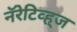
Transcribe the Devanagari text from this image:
नॅरेटिव्ह्‌ज